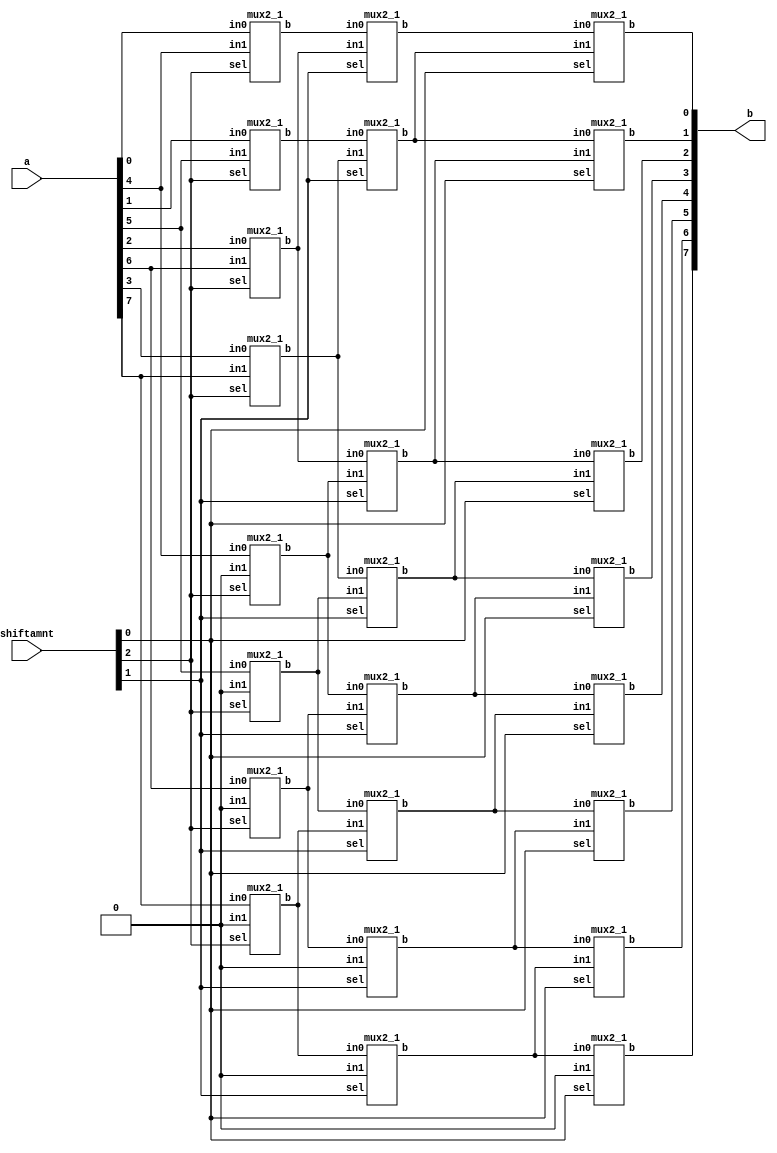
///8 bit Barrel Shifter Verilog Code
///////////////////////////////////////
// iverilog testshifter.v testshiftertb.v -o l12


module barrel_shifter_8bit (a, shiftamnt, b);
  input  [7:0] a;
  input [3:0] shiftamnt;
  output [7:0] b;
  wire [7:0] x,y;

//4bit shift right
mux2_1  ins_17 (.in0(a[7]),.in1(1'b0),.sel(shiftamnt[2]),.b(x[7]));
mux2_1  ins_16 (.in0(a[6]),.in1(1'b0),.sel(shiftamnt[2]),.b(x[6]));
mux2_1  ins_15 (.in0(a[5]),.in1(1'b0),.sel(shiftamnt[2]),.b(x[5]));
mux2_1  ins_14 (.in0(a[4]),.in1(1'b0),.sel(shiftamnt[2]),.b(x[4]));
mux2_1  ins_13 (.in0(a[3]),.in1(a[7]),.sel(shiftamnt[2]),.b(x[3]));
mux2_1  ins_12 (.in0(a[2]),.in1(a[6]),.sel(shiftamnt[2]),.b(x[2]));
mux2_1  ins_11 (.in0(a[1]),.in1(a[5]),.sel(shiftamnt[2]),.b(x[1]));
mux2_1  ins_10 (.in0(a[0]),.in1(a[4]),.sel(shiftamnt[2]),.b(x[0]));

//2 bit shift right

mux2_1  ins_27 (.in0(x[7]),.in1(1'b0),.sel(shiftamnt[1]),.b(y[7]));
mux2_1  ins_26 (.in0(x[6]),.in1(1'b0),.sel(shiftamnt[1]),.b(y[6]));
mux2_1  ins_25 (.in0(x[5]),.in1(x[7]),.sel(shiftamnt[1]),.b(y[5]));
mux2_1  ins_24 (.in0(x[4]),.in1(x[6]),.sel(shiftamnt[1]),.b(y[4]));
mux2_1  ins_23 (.in0(x[3]),.in1(x[5]),.sel(shiftamnt[1]),.b(y[3]));
mux2_1  ins_22 (.in0(x[2]),.in1(x[4]),.sel(shiftamnt[1]),.b(y[2]));
mux2_1  ins_21 (.in0(x[1]),.in1(x[3]),.sel(shiftamnt[1]),.b(y[1]));
mux2_1  ins_20 (.in0(x[0]),.in1(x[2]),.sel(shiftamnt[1]),.b(y[0]));

//1 bit shift right
mux2_1  ins_07 (.in0(y[7]),.in1(1'b0),.sel(shiftamnt[0]),.b(b[7]));
mux2_1  ins_06 (.in0(y[6]),.in1(y[7]),.sel(shiftamnt[0]),.b(b[6]));
mux2_1  ins_05 (.in0(y[5]),.in1(y[6]),.sel(shiftamnt[0]),.b(b[5]));
mux2_1  ins_04 (.in0(y[4]),.in1(y[5]),.sel(shiftamnt[0]),.b(b[4]));
mux2_1  ins_03 (.in0(y[3]),.in1(y[4]),.sel(shiftamnt[0]),.b(b[3]));
mux2_1  ins_02 (.in0(y[2]),.in1(y[3]),.sel(shiftamnt[0]),.b(b[2]));
mux2_1  ins_01 (.in0(y[1]),.in1(y[2]),.sel(shiftamnt[0]),.b(b[1]));
mux2_1  ins_00 (.in0(y[0]),.in1(y[1]),.sel(shiftamnt[0]),.b(b[0]));

endmodule

/////////////////////////
//2X1 Mux
/////////////////////////

module mux2_1( in0,in1,sel,b);
input in0,in1;
input sel;
output b;
assign b=(sel)?in1:in0;
endmodule